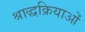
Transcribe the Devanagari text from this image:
श्राद्धक्रियाओं